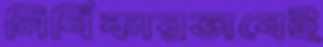
নির্বিকারভাবেই